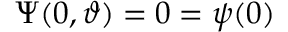
\Psi ( 0 , \vartheta ) = 0 = \psi ( 0 )